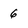
Character: 6